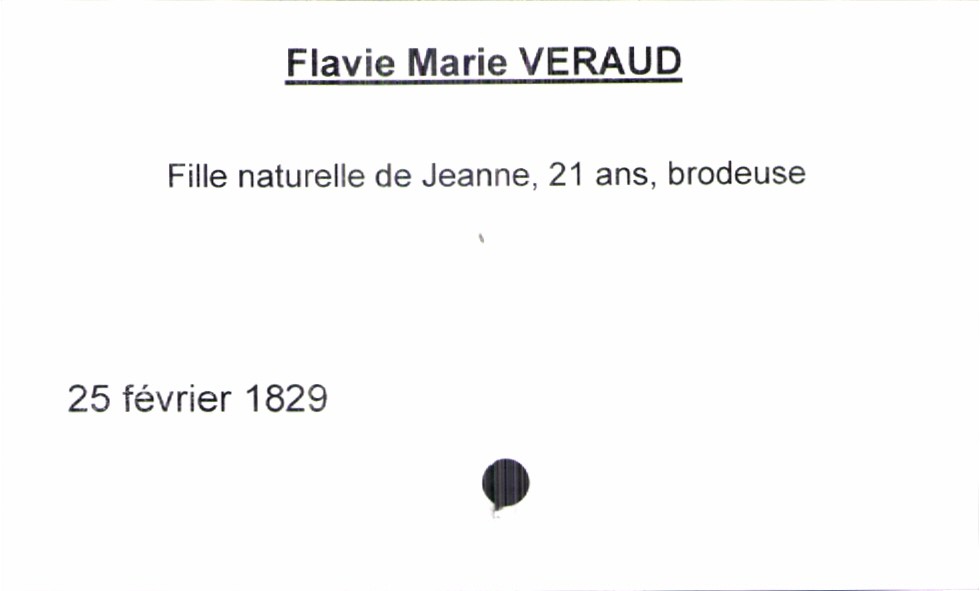
type_acte: Baptême
filiation: fille
enfant_prénom: Flavie Marie
enfant_date_de_naissance: 25 février 1829
mère_enfant_nom: Veraud
mère_enfant_prénom: Jeanne
mère_enfant_âge: 21 ans
mère_enfant_profession: brodeuse